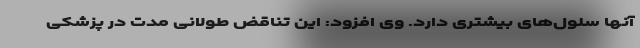
آنها سلول‌های بیشتری دارد. وی افزود: این تناقض طولانی مدت در پزشکی